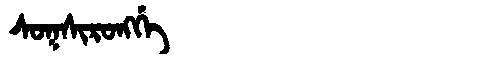
Manchu: ᠰᠣᡴᠰᡳᡵᠣᠩᡤᡝ
Romanization: SOKSIRONGGE